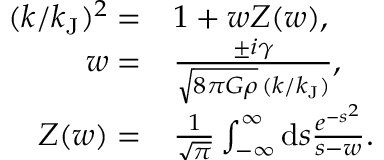
\begin{array} { r l } { ( k / k _ { \mathrm { J } } ) ^ { 2 } = } & { 1 + w Z ( w ) , } \\ { w = } & { \frac { \pm i \gamma } { \sqrt { 8 \pi G \rho } \, ( k / k _ { \mathrm { J } } ) } , } \\ { Z ( w ) = } & { \frac { 1 } { \sqrt { \pi } } \int _ { - \infty } ^ { \infty } \mathrm { d } s \frac { e ^ { - s ^ { 2 } } } { s - w } . } \end{array}